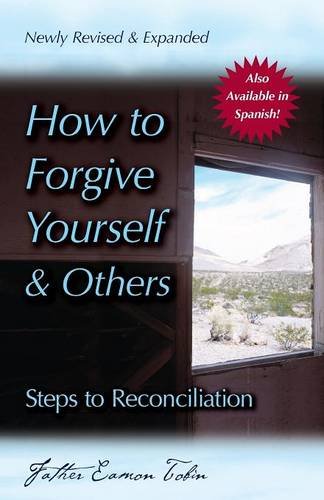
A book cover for How to Forgive Yourself and Others: Steps to Reconciliation; Eamon Tobin; Christian Books & Bibles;